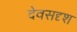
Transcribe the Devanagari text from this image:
देवसदृश